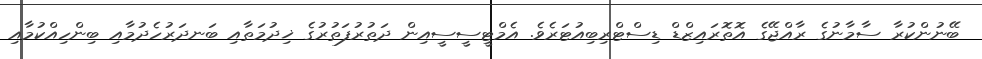
ބޭނުންކުރާ ސާމާނުގެ ރާއްޖޭގެ އޮތޮރައިޒްޑް ޑިސްޓްރިބިއުޓަރެވެެ. އެމްޓީސީސީއިން ދަތުރުފަތުރުގެ ޚިދުމަތާއި ބަނދަރުހެދުމާއި ބިންހިއްކުމާއި